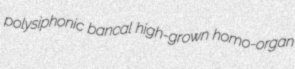
polysiphonic bancal high-grown homo-organ